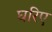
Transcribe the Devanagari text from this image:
घरिए